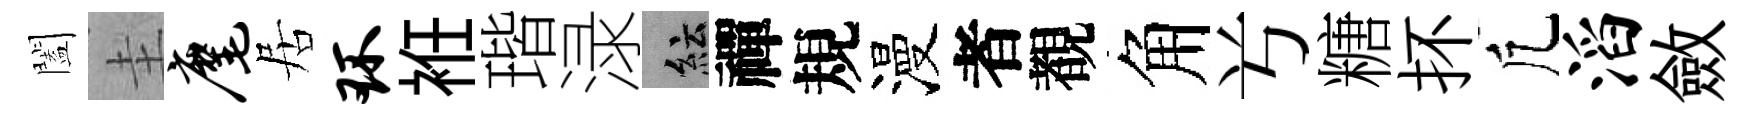
闔圭麾居环袵瑎渌紜禪規漫者覩角𠔃糖抔凢滔斂